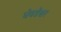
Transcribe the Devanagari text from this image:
घेवडेश्वर